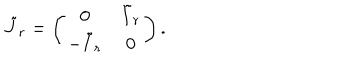
\tilde { J } _ { r } = \left( \begin{array} { c c } { { 0 } } & { { \tilde { I } _ { r } } } \\ { { - \tilde { I } _ { r } } } & { { 0 } } \\ \end{array} \right) .